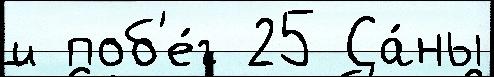
и поб'е́г 25 Са́ны